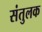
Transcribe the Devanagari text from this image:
संतुलक